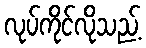
လုပ်ကိုင်လိုသည့်